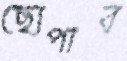
ছোপাব